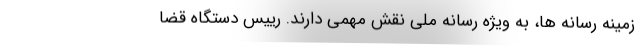
زمینه رسانه ها، به ویژه رسانه ملی نقش مهمی دارند. رییس دستگاه قضا